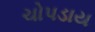
ચોપડાય